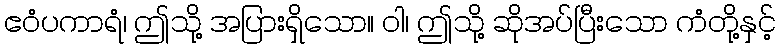
ဧဝံပကာရံ၊ ဤသို့ အပြားရှိသော။ ဝါ၊ ဤသို့ ဆိုအပ်ပြီးသော ကံတို့နှင့်